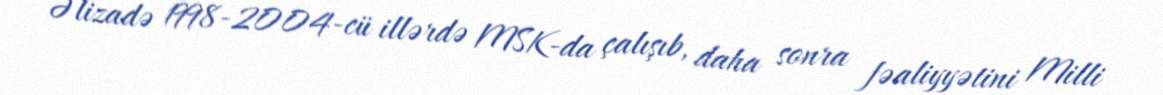
Əlizadə 1998-2004-cü illərdə MSK-da çalışıb, daha sonra fəaliyyətini Milli